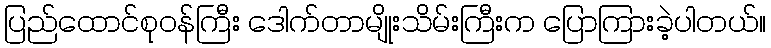
ပြည်ထောင်စုဝန်ကြီး ဒေါက်တာမျိုးသိမ်းကြီးက ပြောကြားခဲ့ပါတယ်။